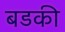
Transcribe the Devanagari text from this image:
बडकी